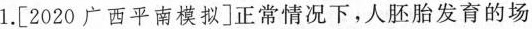
1.[2020广西平南模拟]正常情况下，人胚胎发育的场